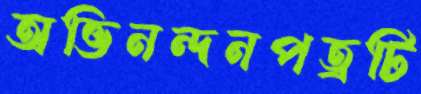
অভিনন্দনপত্রটি